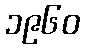
၁၉၆၀